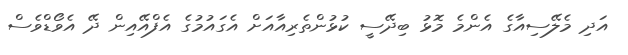
އަދި މެލޭސިއާގެ އެންމެ މޮޅު ބިދޭސީ ކުޅުންތެރިއާއަށް އެގައުމުގެ އެފްއޭއިން ދޭ އެވޯޑްވެސް